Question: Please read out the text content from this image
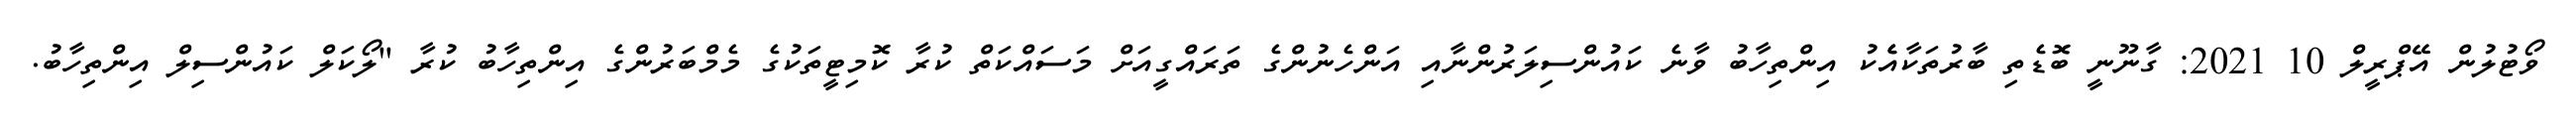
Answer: ވޯޓުލުން އޭޕްރީލް 10 2021: ގާނޫނީ ބޮޑެތި ބާރުތަކާއެެކު އިންތިހާބު ވާނެ ކައުންސިލަރުންނާއި އަންހެނުންގެ ތަރައްގީއަށް މަސައްކަތް ކުރާ ކޮމިޓީތަކުގެ މެމްބަރުންގެ އިންތިހާބު ކުރާ "ލޯކަލް ކައުންސިލް އިންތިހާބު.